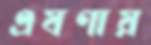
এষণায়